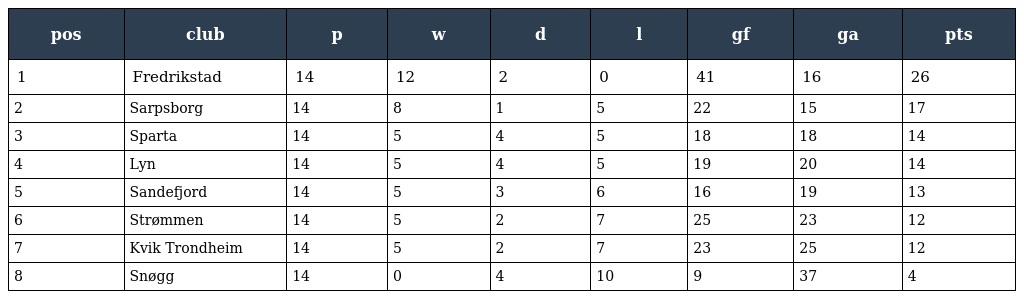
| pos | club | p | w | d | l | gf | ga | pts |
 | --- | --- | --- | --- | --- | --- | --- | --- | --- |
 | 1 | Fredrikstad | 14 | 12 | 2 | 0 | 41 | 16 | 26 |
 | 2 | Sarpsborg | 14 | 8 | 1 | 5 | 22 | 15 | 17 |
 | 3 | Sparta | 14 | 5 | 4 | 5 | 18 | 18 | 14 |
 | 4 | Lyn | 14 | 5 | 4 | 5 | 19 | 20 | 14 |
 | 5 | Sandefjord | 14 | 5 | 3 | 6 | 16 | 19 | 13 |
 | 6 | Strømmen | 14 | 5 | 2 | 7 | 25 | 23 | 12 |
 | 7 | Kvik Trondheim | 14 | 5 | 2 | 7 | 23 | 25 | 12 |
 | 8 | Snøgg | 14 | 0 | 4 | 10 | 9 | 37 | 4 |